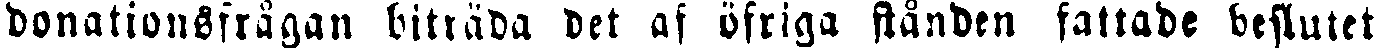
donationsfrågan biträda det af öfriga stånden fattade beslutet.